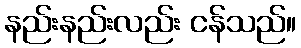
နည်းနည်းလည်း ငန်သည်။